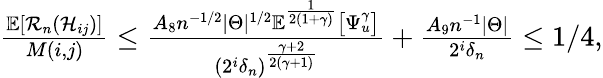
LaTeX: \begin{array}{r}{\frac{\mathbb{E}[\mathcal{R}_{n}(\mathcal{H}_{ij})]}{M(i,j)}\leq\frac{A_{8}n^{-1/2}|\Theta|^{1/2}\mathbb{E}^{\frac{1}{2(1+\gamma)}}\big[\Psi_{u}^{\gamma}\big]}{(2^{i}\delta_{n})^{\frac{\gamma+2}{2(\gamma+1)}}}+\frac{A_{9}n^{-1}|\Theta|}{2^{i}\delta_{n}}\leq 1/4,}\end{array}